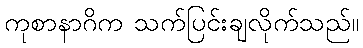
ကုစာနာဂိက သက်ပြင်းချလိုက်သည်။